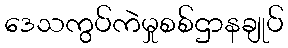
ဒေသကွပ်ကဲမှုစစ်ဌာနချုပ်